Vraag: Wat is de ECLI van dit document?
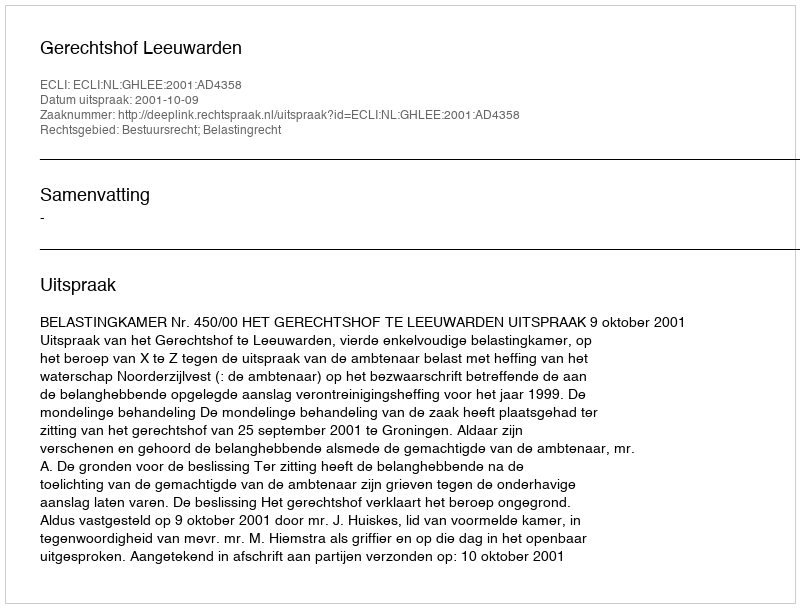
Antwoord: ECLI:NL:GHLEE:2001:AD4358